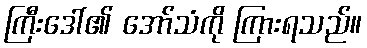
ကြီးဒေါ်၏ အော်သံကို ကြားရသည်။